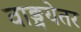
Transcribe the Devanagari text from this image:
वाङ्मयेतर